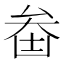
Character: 𠫻